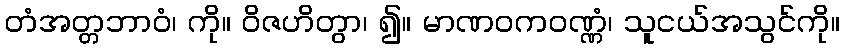
တံအတ္တဘာဝံ၊ ကို။ ဝိဇဟိတွာ၊ ၍။ မာဏဝကဝဏ္ဏံ၊ သူငယ်အသွင်ကို။